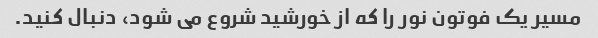
مسیر یک فوتون نور را که از خورشید شروع می شود، دنبال کنید.